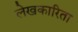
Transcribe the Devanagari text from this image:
लेखकारिता